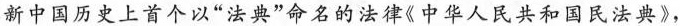
新中国历史上首个以”法典”命名的法律《中华人民共和国民法典》，